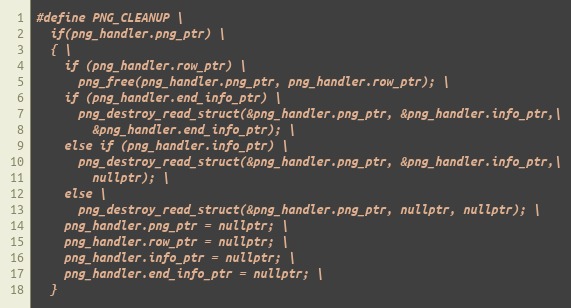
Language: C++
#define PNG_CLEANUP \
  if(png_handler.png_ptr) \
  { \
    if (png_handler.row_ptr) \
      png_free(png_handler.png_ptr, png_handler.row_ptr); \
    if (png_handler.end_info_ptr) \
      png_destroy_read_struct(&png_handler.png_ptr, &png_handler.info_ptr,\
        &png_handler.end_info_ptr); \
    else if (png_handler.info_ptr) \
      png_destroy_read_struct(&png_handler.png_ptr, &png_handler.info_ptr,\
        nullptr); \
    else \
      png_destroy_read_struct(&png_handler.png_ptr, nullptr, nullptr); \
    png_handler.png_ptr = nullptr; \
    png_handler.row_ptr = nullptr; \
    png_handler.info_ptr = nullptr; \
    png_handler.end_info_ptr = nullptr; \
  }